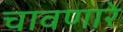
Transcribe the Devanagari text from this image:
चावणारे